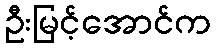
ဦးမြင့်အောင်က